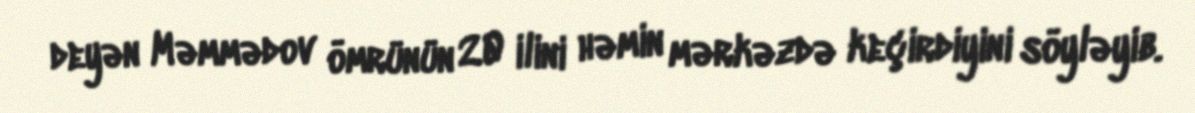
deyən Məmmədov ömrünün 20 ilini həmin mərkəzdə keçirdiyini söyləyib.